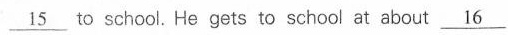
\underline{15} to school. He gets to school at about \underline{16}